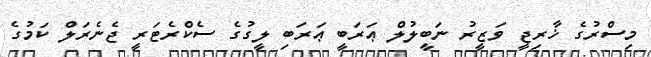
މިސްރުގެ ޚާރިޖީ ވަޒީރު ނަބީލުލް ޢަރަބީ ޢަރަބި ލީގުގެ ސެކްރެޓަރީ ޖެނެރަލް ކަމުގެ